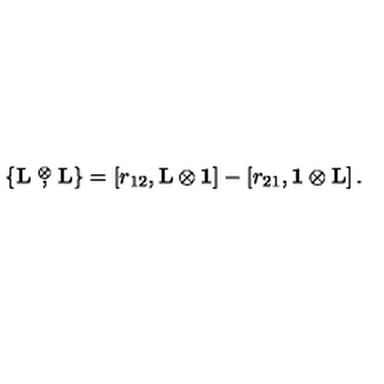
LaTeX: \{ \mathrm { { \bf L } } \stackrel { \otimes } { , } \mathrm { { \bf L } } \} = \left[ r _ { 1 2 } , \mathrm { { \bf L } } \otimes \mathrm { { \bf 1 } } \right] - \left[ r _ { 2 1 } , \mathrm { { \bf 1 } } \otimes \mathrm { { \bf L } } \right] .